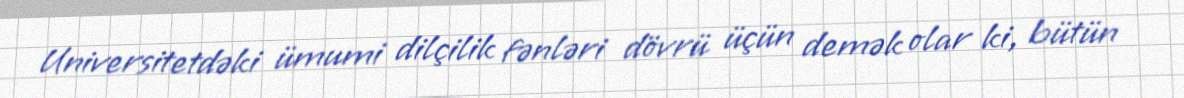
Universitetdəki ümumi dilçilik fənləri dövrü üçün demək olar ki, bütün